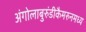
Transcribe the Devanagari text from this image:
अंगोलाबुरुंडीकैमरुनमध्य